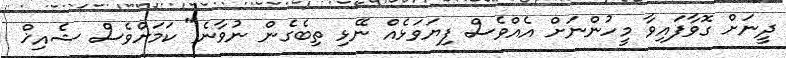
ދީނަށް ގޮވާފައިވާ މީހުންނަށް އެއްވެސް ފިޔަވަޅެއް ނޭޅި ތިބެގެން ނުވާނެ" ކަމަށްވެސް ޝެއިޚް